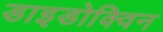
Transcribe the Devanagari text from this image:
डाइडोक्विन